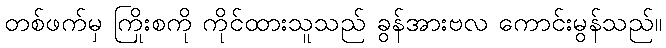
တစ်ဖက်မှ ကြိုးစကို ကိုင်ထားသူသည် ခွန်အားဗလ ကောင်းမွန်သည်။